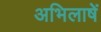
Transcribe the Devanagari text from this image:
अभिलाषें